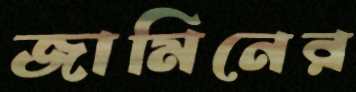
জামিনের